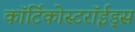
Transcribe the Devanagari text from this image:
कॉर्टिकोस्टरॉईड्स